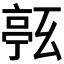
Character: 𠅹